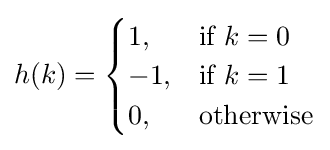
h(k)={\begin{cases}1,&{\mbox{if }}k=0\\-1,&{\mbox{if }}k=1\\0,&{\mbox{otherwise}}\end{cases}}